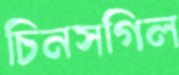
চিনসগিল